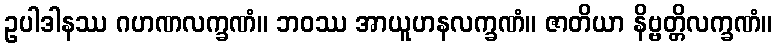
ဥပါဒါနဿ ဂဟဏလက္ခဏံ။ ဘဝဿ အာယူဟနလက္ခဏံ။ ဇာတိယာ နိဗ္ဗတ္တိလက္ခဏံ။